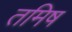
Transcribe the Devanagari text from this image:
तमिष